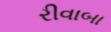
રીવાબા